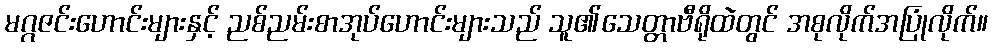
မဂ္ဂဇင်းဟောင်းများနှင့် ညစ်ညမ်းစာအုပ်ဟောင်းများသည် သူ၏သေတ္တာဗီရိုထဲတွင် အစုလိုက်အပြုံလိုက်။